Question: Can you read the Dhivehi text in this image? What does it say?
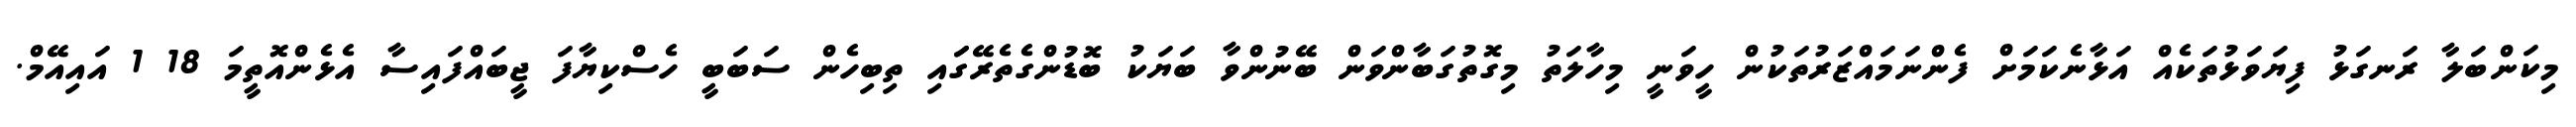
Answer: މިކަންބަލާ ރަނގަޅު ފިޔަވަޅުތަކެއް އަޅާނެކަމަށް ފެންނަމައްޒަރުތަކުން ހީވަނީ މިހާލަތު މިގޮތުގަބާންވަން ބޭނުންވާ ބަޔަކު ބޮޑުންގެތެރޭގަައި ތިބިހެން ސަބަބީ ހެސްކިޔާފަ ޖީބައްފައިސާ އެޅެންއޮތީމަ 18 1 އައިއޭމް.